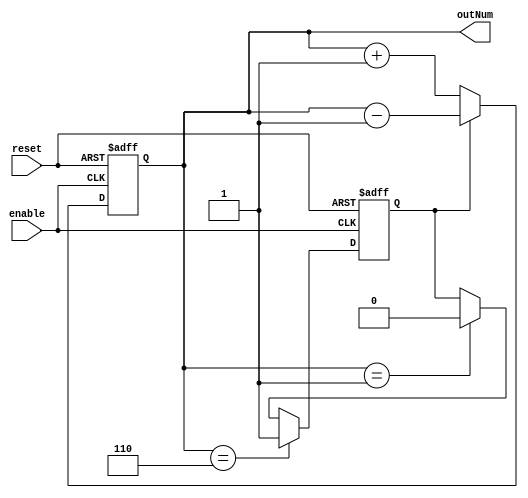
/*----- Module Overview --------------------------------------------------*
*                                                                         *
*                      _____________________                              *
*                                                                         *
*                     |                     |                             *
*   clock     ------> |                     |                             *
*   reset     ------> |  UpDownCounter3bit  | --/03--> outNum             *
*   enable    ------> |                     |                             *
*                     |                     |                             *
*                      _____________________                              *
*                                                                         *
*-------------------------------------------------------------------------*/

module  UpDownCounter3bit  ( reset, enable, outNum ) ; 

  input          reset;
  input          enable;

  reg            upDownFlag;
  reg     [2:0]  temp; 

  output  [2:0]  outNum; 

  /*------------------------------------------------------------------------*
  *  The  counter modifies its vaule only when enable signal is high. The   *
  *  value increases by one when upDownFlag is high otherwise it decreases. *
  *  The polarity of upDownFlag signal changes internally when the counter  * 
  *  reaches bound values.                                                  *
  *-------------------------------------------------------------------------*/

  always @ ( posedge enable or posedge reset ) begin 
    if ( reset ) /* On reset clear both ounter value and count polarity */
      begin
        temp        <= 3'd0;
        upDownFlag  <= 1'b0;
      end 
    else
      begin
        temp <= ( ~upDownFlag ) ? ( temp + 1 ) : ( temp - 1 );
        if ( temp == 3'd6 ) /* Change value at max value - 1 cause of parallelism */
          upDownFlag <= 1'b1;
        else if ( temp == 3'd1 ) /* Change value at min value +1 cause of parallelism */
          upDownFlag <= 1'b0;
      end
  end 
  /* Pass counter value to the output of the module */
  assign outNum = temp; 
  
endmodule